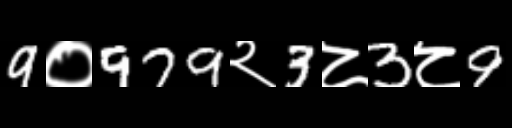
Text: 9०979२3८3८9